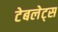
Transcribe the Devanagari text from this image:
टेबलेट्स